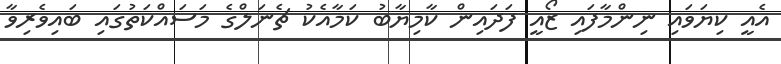
އެއީ ކިޔަވައި ނިންމާފައި ޒޯއީ ފަދައިން ކާމިޔާބު ކަމާއެކު ޗެނަލްގެ މަސައްކަތުގައި ބައިވެރިވާ